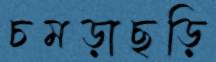
চমড়াছড়ি